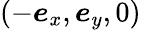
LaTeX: (-\boldsymbol{e}_{x},\boldsymbol{e}_{y},0)